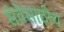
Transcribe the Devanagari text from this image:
सेवेसाठीच